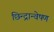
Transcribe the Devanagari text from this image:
छिन्द्रान्वेषण